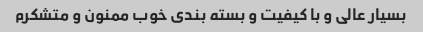
بسیار عالی و با کیفیت و بسته بندی خوب ممنون و متشکرم